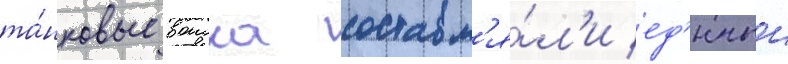
та́нковые воиска составл'я́л'и ед'иныи